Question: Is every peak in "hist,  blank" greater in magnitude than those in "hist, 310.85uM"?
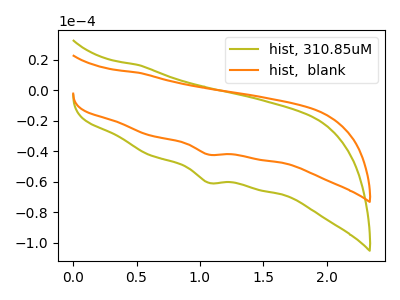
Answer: <think>The olive curve "hist, 310.85uM" has a cathodic peak at: (1.05V, -60.65uA). The orange curve "hist,  blank" has a cathodic peak at: (1.05V, -42.20uA).</think>
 <answer>Every peak in "hist,  blank" is lower than every peak in "hist, 310.85uM".</answer>
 <eval>lower</eval>